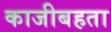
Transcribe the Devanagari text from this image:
काजीबहता